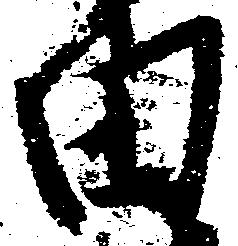
田